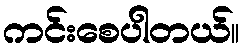
ကင်းစေပါတယ်။